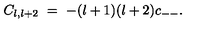
C _ { l , l + 2 } \ = \ - ( l + 1 ) ( l + 2 ) c _ { -- } .